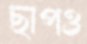
ছাপও